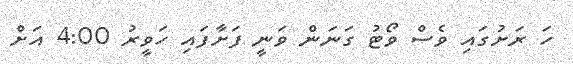
ހަ ރަށުގައި ވެސް ވޯޓު ގަނަން ވަނީ ފަށާފައި ހަވީރު 4:00 އަށް